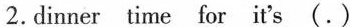
2.dinner time for it's (.)